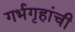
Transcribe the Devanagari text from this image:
गर्भगृहांची